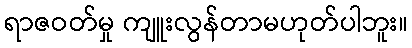
ရာဇဝတ်မှု ကျူးလွန်တာမဟုတ်ပါဘူး။